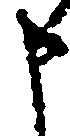
申